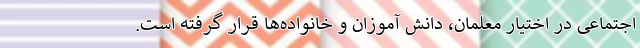
اجتماعی در اختیار معلمان، دانش آموزان و خانواده‌ها قرار گرفته است.